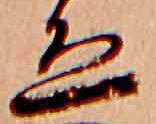
ゑ